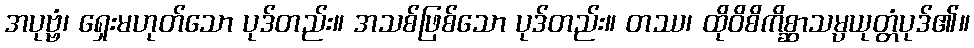
အပုဗ္ဗံ၊ ရှေးမဟုတ်သော ပုဒ်တည်း။ အသစ်ဖြစ်သော ပုဒ်တည်း။ တဿ၊ ထိုဝိစိကိစ္ဆာသမ္ပယုတ္တံပုဒ်၏။